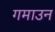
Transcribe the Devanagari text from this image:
गमाउन